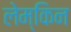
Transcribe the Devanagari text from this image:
लेम्किन